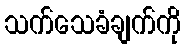
သက်သေခံချက်ကို